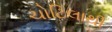
ચોટિલાથી